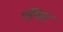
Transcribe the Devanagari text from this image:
एथिस्ट